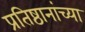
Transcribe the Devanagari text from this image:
प्रतिष्ठानांच्या